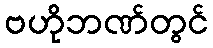
ဗဟိုဘဏ်တွင်